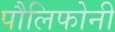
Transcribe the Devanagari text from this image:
पौलिफोनी